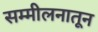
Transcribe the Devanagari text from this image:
सम्मीलनातून